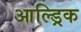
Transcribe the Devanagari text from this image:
आल्ड्रिक